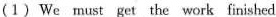
(1)We must get the work finished